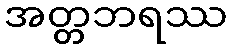
အတ္တဘရဿ